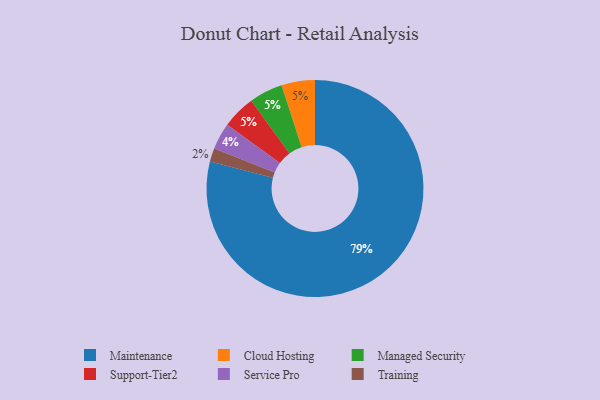
{"axis": {"x": "Category", "y": "Percentage"}, "legend": ["Cloud Hosting", "Maintenance", "Managed Security", "Service Pro", "Support-Tier2", "Training"], "data": [{"x": "Training", "y": 2, "type": "Training"}, {"x": "Cloud Hosting", "y": 5, "type": "Cloud Hosting"}, {"x": "Maintenance", "y": 79, "type": "Maintenance"}, {"x": "Managed Security", "y": 5, "type": "Managed Security"}, {"x": "Support-Tier2", "y": 5, "type": "Support-Tier2"}, {"x": "Service Pro", "y": 4, "type": "Service Pro"}]}